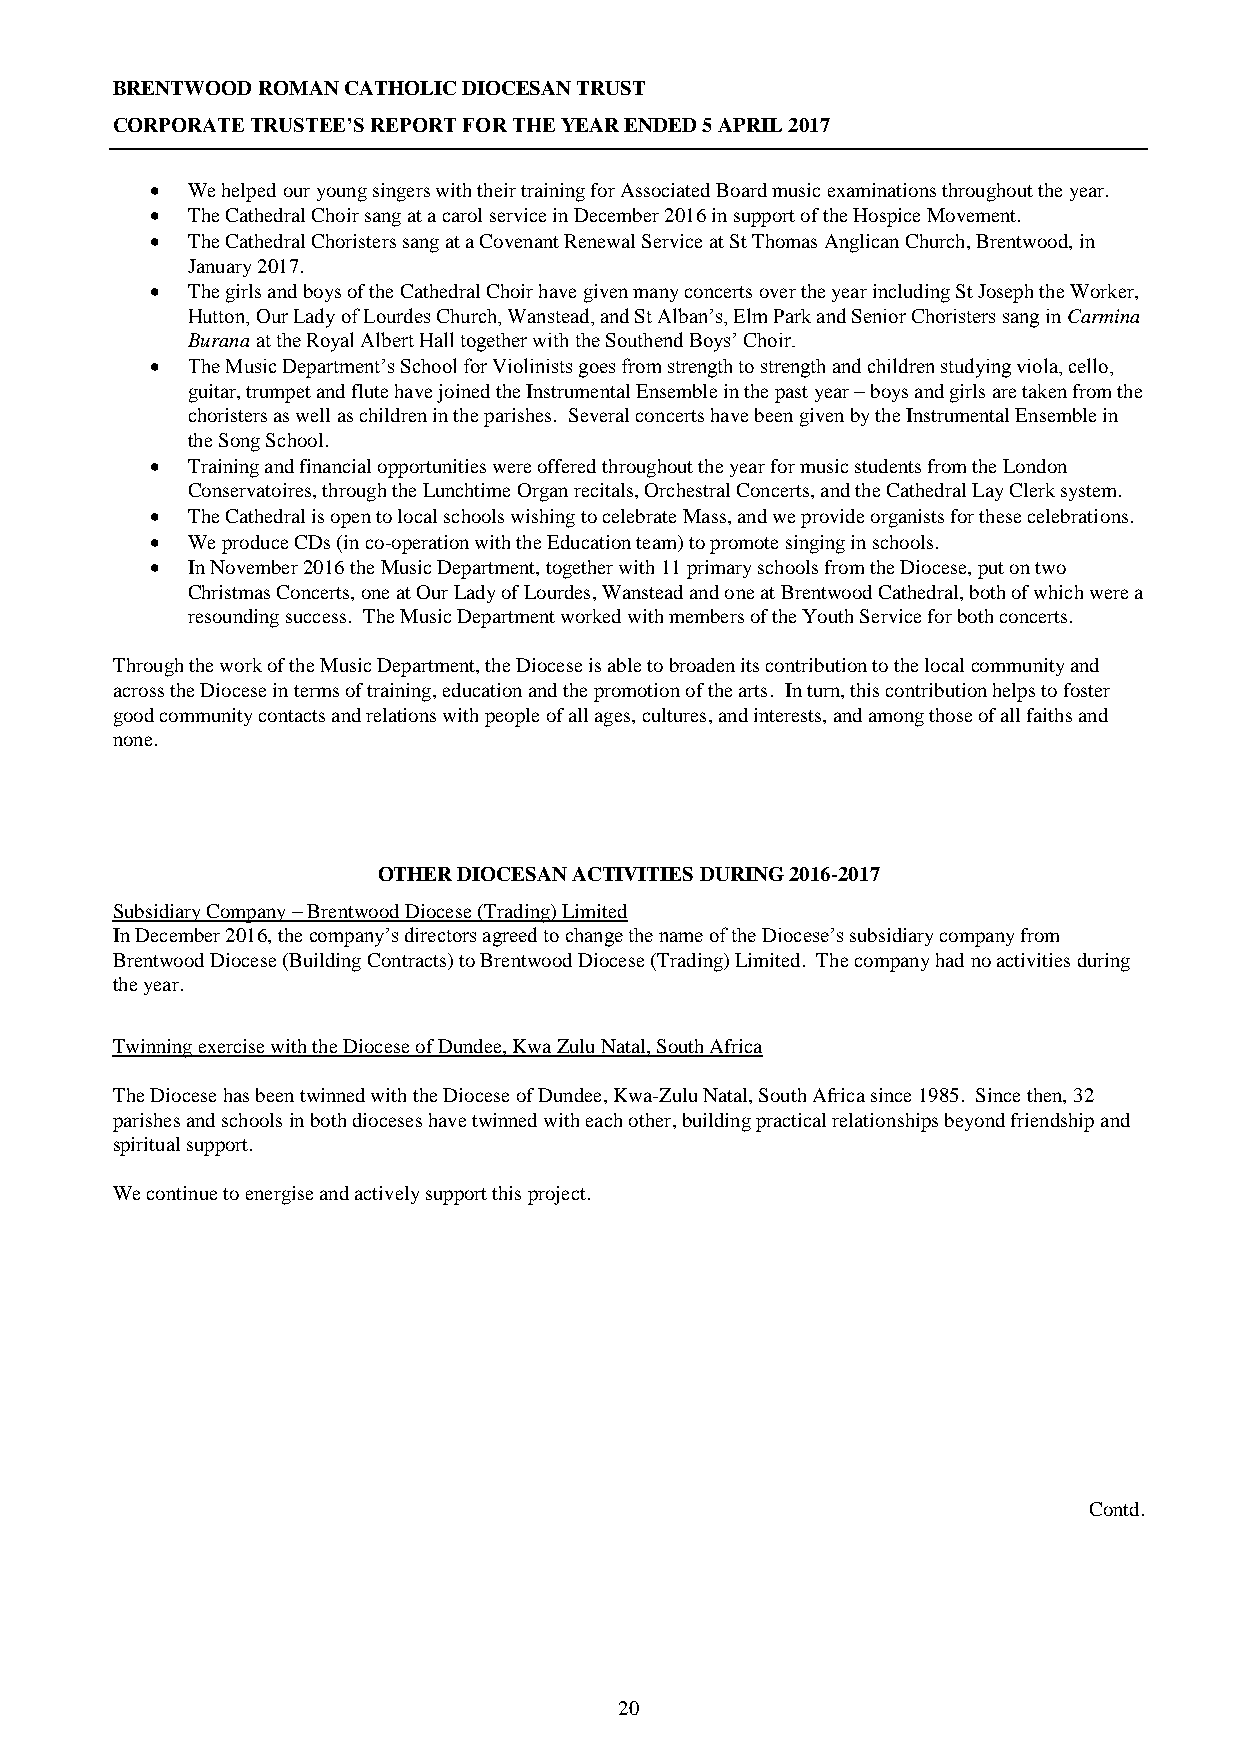
BRENTWOOD ROMAN CATHOLIC DIOCESAN TRUST
 CORPORATE TRUSTEE’S REPORT FOR THE YEAR ENDED 5 APRIL 2017
  We helped our young singers with their training for Associated Board music examinations throughout the year.
  The Cathedral Choir sang at a carol service in December 2016 in support of the Hospice Movement.
  The Cathedral Choristers sang at a Covenant Renewal Service at St Thomas Anglican Church, Brentwood, in
 January 2017.
  The girls and boys of the Cathedral Choir have given many concerts over the year including St Joseph the Worker,
 Hutton, Our Lady of Lourdes Church, Wanstead, and St Alban’s, Elm Park and Senior Choristers sang in Carmina
 Burana at the Royal Albert Hall together with the Southend Boys’ Choir.
  The Music Department’s School for Violinists goes from strength to strength and children studying viola, cello,
 guitar, trumpet and flute have joined the Instrumental Ensemble in the past year – boys and girls are taken from the
 choristers as well as children in the parishes. Several concerts have been given by the Instrumental Ensemble in
 the Song School.
  Training and financial opportunities were offered throughout the year for music students from the London
 Conservatoires, through the Lunchtime Organ recitals, Orchestral Concerts, and the Cathedral Lay Clerk system.
  The Cathedral is open to local schools wishing to celebrate Mass, and we provide organists for these celebrations.
  We produce CDs (in co-operation with the Education team) to promote singing in schools.
  In November 2016 the Music Department, together with 11 primary schools from the Diocese, put on two
 Christmas Concerts, one at Our Lady of Lourdes, Wanstead and one at Brentwood Cathedral, both of which were a
 resounding success. The Music Department worked with members of the Youth Service for both concerts.
 Through the work of the Music Department, the Diocese is able to broaden its contribution to the local community and
 across the Diocese in terms of training, education and the promotion of the arts. In turn, this contribution helps to foster
 good community contacts and relations with people of all ages, cultures, and interests, and among those of all faiths and
 none.
 OTHER DIOCESAN ACTIVITIES DURING 2016-2017
 Subsidiary Company – Brentwood Diocese (Trading) Limited
 In December 2016, the company’s directors agreed to change the name of the Diocese’s subsidiary company from
 Brentwood Diocese (Building Contracts) to Brentwood Diocese (Trading) Limited. The company had no activities during
 the year.
 Twinning exercise with the Diocese of Dundee, Kwa Zulu Natal, South Africa
 The Diocese has been twinned with the Diocese of Dundee, Kwa-Zulu Natal, South Africa since 1985. Since then, 32
 parishes and schools in both dioceses have twinned with each other, building practical relationships beyond friendship and
 spiritual support.
 We continue to energise and actively support this project.
 Contd.
 20